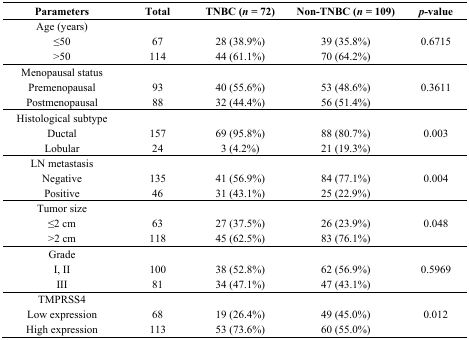
| Parameters | Total | TNBC (n = 72) | Non-TNBC (n = 109) | p-value |
 | --- | --- | --- | --- | --- |
 | Age (years) |  |  |  |  |
 | ≤50 | 67 | 28 (38.9%) | 39 (35.8%) | 0.6715 |
 | >50 | 114 | 44 (61.1%) | 70 (64.2%) |  |
 | Menopausal status |  |  |  |  |
 | Premenopausal | 93 | 40 (55.6%) | 53 (48.6%) | 0.3611 |
 | Postmenopausal | 88 | 32 (44.4%) | 56 (51.4%) |  |
 | Histological subtype |  |  |  |  |
 | Ductal | 157 | 69 (95.8%) | 88 (80.7%) | 0.003 |
 | Lobular | 24 | 3 (4.2%) | 21 (19.3%) |  |
 | LN metastasis |  |  |  |  |
 | Negative | 135 | 41 (56.9%) | 84 (77.1%) | 0.004 |
 | Positive | 46 | 31 (43.1%) | 25 (22.9%) |  |
 | Tumor size |  |  |  |  |
 | ≤2 cm | 63 | 27 (37.5%) | 26 (23.9%) | 0.048 |
 | >2 cm | 118 | 45 (62.5%) | 83 (76.1%) |  |
 | Grade |  |  |  |  |
 | I, II | 100 | 38 (52.8%) | 62 (56.9%) | 0.5969 |
 | III | 81 | 34 (47.1%) | 47 (43.1%) |  |
 | TMPRSS4 |  |  |  |  |
 | Low expression | 68 | 19 (26.4%) | 49 (45.0%) | 0.012 |
 | High expression | 113 | 53 (73.6%) | 60 (55.0%) |  |